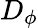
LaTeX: D_{\phi}